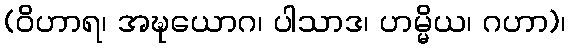
(ဝိဟာရ၊ အဍ္ဎယောဂ၊ ပါသာဒ၊ ဟမ္မိယ၊ ဂဟာ)၊